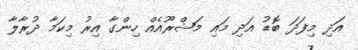
އަދި މިފަދަ ބޮޑު އަދި މައި މަޝްރޫއެއް ހިންގާ އިރު މިކަމާ ދުރާލާ